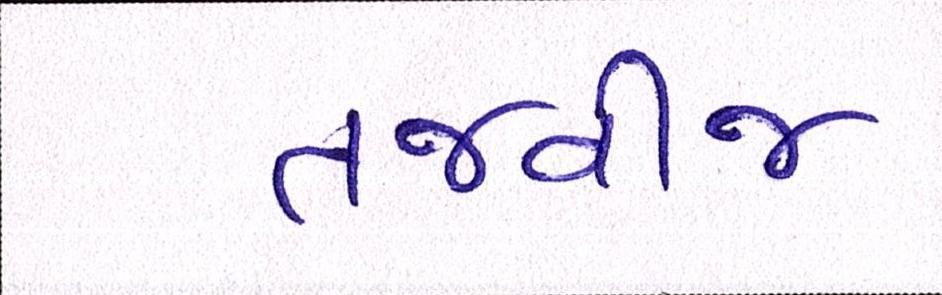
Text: તજવીજ